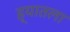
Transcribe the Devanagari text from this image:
ह्यातला